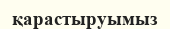
қарастыруымыз